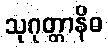
သုဂုတ္တာနိဓ